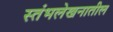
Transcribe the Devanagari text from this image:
स्तंभलेखनातील